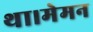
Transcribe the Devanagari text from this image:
था।मेमन